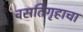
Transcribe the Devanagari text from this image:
वसतिगृहाचा